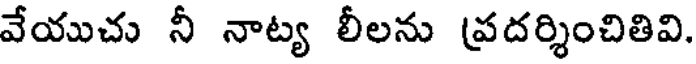
వేయుచు నీ నాట్య లీలను (పదర్శించితివి.